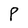
Character: P